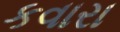
કવારા